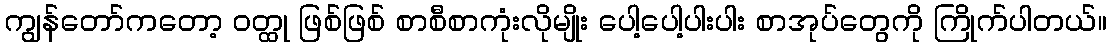
ကျွန်တော်ကတော့ ဝတ္ထု ဖြစ်ဖြစ် စာစီစာကုံးလိုမျိုး ပေါ့ပေါ့ပါးပါး စာအုပ်တွေကို ကြိုက်ပါတယ်။